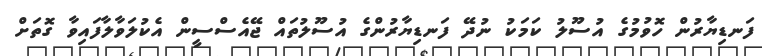
ފަނޑިޔާރުން ހޮވުމުގެ އުސޫލު ކަމަކު ނުދޭ ފަނޑިޔާރުންގެ އުސޫލުތައް ޖޭއެސްސީން އެކުލަވާލާފައިވާ ގޮތަށް